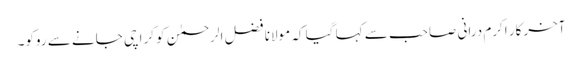
آخرکار اکرم درانی صاحب سے کہا گیا کہ مولانا فضل الرحمٰن کو کراچی جانے سے روکو۔